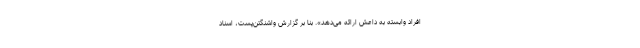
افراد وابسته به داعش ارائه می‌دهد». بنا بر گزارش واشنگتن‌پست، اسناد